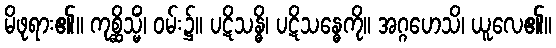
မိဖုရား၏။ ကုစ္ဆိသ္မိံ၊ ဝမ်း၌။ ပဋိသန္ဓိ၊ ပဋိသန္ဓေကို။ အဂ္ဂဟေသိ၊ ယူလေ၏။